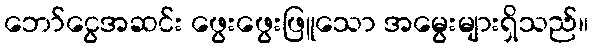
ဘော်ငွေအဆင်း ဖွေးဖွေးဖြူသော အမွေးများရှိသည်။